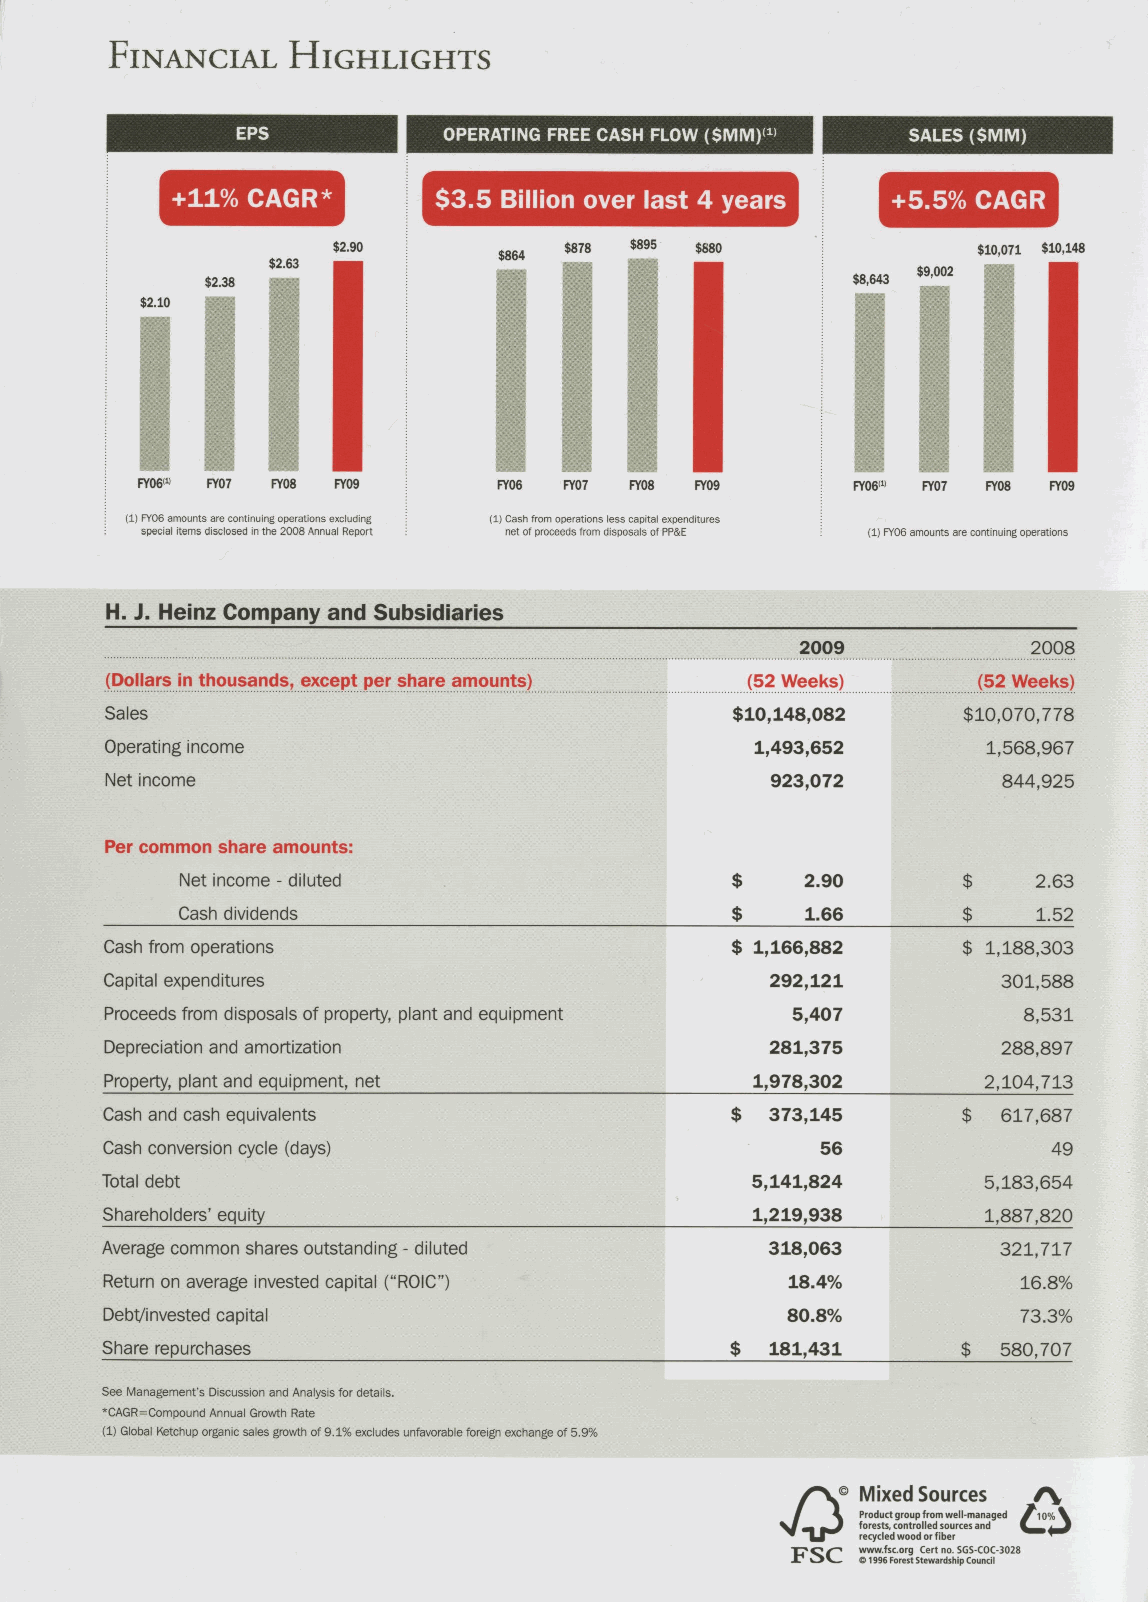
FINANCIAL    HIGHLIGHTS
 OPERATING FREE CASH FLOW ($MM)(1) SALES ($MM)
 +11% CAGR         $3.5 Billion over last 4 years +5.5% CAGR
 $2.90      $864 $878 $895 $880             $10,071 $10,148
 FY06(1) FY07 FY08 FY09  FY06 FY07 FY08 FY09     FY06(1) FY07 FY08 FY09
 (1) FY06 amounts are continuing operations excluding (1) Cash from operations less capital expenditures
 special items disclosed in the 2008 Annual Report net of proceeds from disposals of PP&E (1) FY06 amounts are continuing operations
 H. J. Heinz Company and Subsidiaries
 2009           2008
 (Dollars in thousands, except per share amounts) (52 Weeks) (52 Weeks)
 Sales                                     $10,148,082    $10,070,778
 Operating income                           1,493,652      1,568,967
 Net income                                  923,072        844,925
 Per common share amounts:
 Net income - diluted                $    2.90       $    2.63
 Cash dividends                      $    1.66       $    1.52
 Cash from operations                     $ 1,166,882     $ 1,188,303
 Capital expenditures                        292,121        301,588
 Proceeds from disposals of property, plant and equipment 5,407 8,531
 Depreciation and amortization               281,375        288,897
 Property, plant and equipment, net         1,978,302      2,104,713
 Cash and cash equivalents                $  373,145      $ 617,687
 Cash conversion cycle (days)                   56              49
 Total debt                                 5,141,824      5,183,654
 Shareholders' equity                       1,219,938      1,887,820
 Average common shares outstanding - diluted 318,063        321,717
 Return on average invested capital ("ROIC")  18.4%           16.8%
 Debt/invested capital                        80.8%           73.3%
 Share repurchases                        $  181,431      $ 580,707
 See Management's Discussion and Analysis for details.
 *CAGR=Compound Annual Growth Rate
 (1) Global Ketchup organic sales growth of 9.1% excludes unfavorable foreign exchange of 5.9%
 ® Mixed Sources /V
 Product group from well-managed
 forests, controlled sources and
 recycled wood or fiber
 www.fsc.org Cert no. SGS-COC-3028
 F SC 0 1996 Forest Stewardship Council